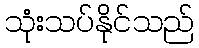
သုံးသပ်နိုင်သည်